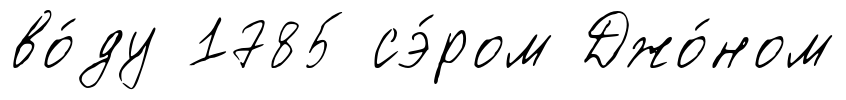
во́ду 1785 сэ́ром Джо́ном